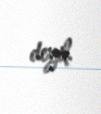
deyil.